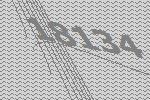
18134